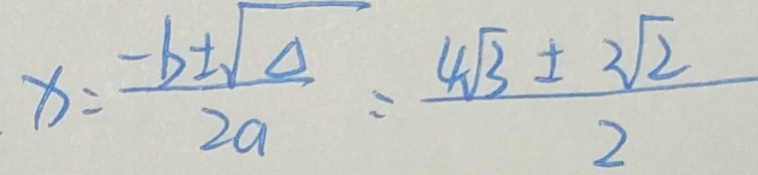
x = \frac { - b \pm \sqrt { \Delta } } { 2 a } = \frac { 4 \sqrt { 3 } \pm 2 \sqrt { 2 } } { 2 }